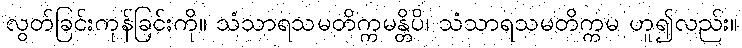
လွတ်ခြင်းကုန်ခြင်းကို။ သံသာရသမတိက္ကမန္တိပိ၊ သံသာရသမတိက္ကမ ဟူ၍လည်း။